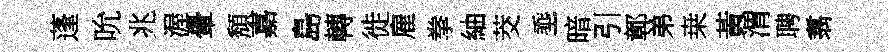
蓬吮兆渥暈頽嘉島轉徙雇拳紬茭埀暗引鄣弟桒黃渭聘翥